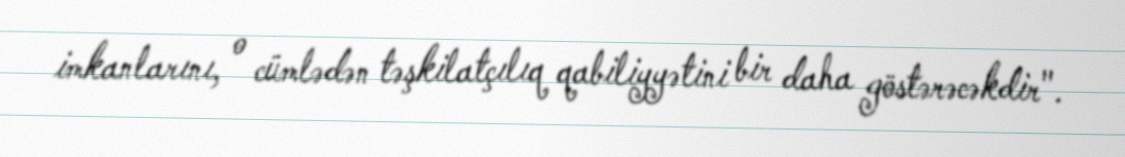
imkanlarını, o cümlədən təşkilatçılıq qabiliyyətini bir daha göstərəcəkdir".